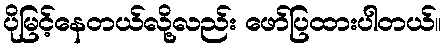
ပိုမြင့်နေတယ်လို့လည်း ဖော်ပြထားပါတယ်။